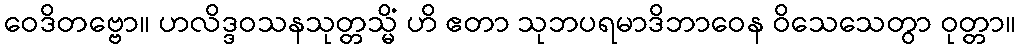
ဝေဒိတဗ္ဗော။ ဟလိဒ္ဒဝသနသုတ္တသ္မိံ ဟိ ဧတာ သုဘပရမာဒိဘာဝေန ဝိသေသေတွာ ဝုတ္တာ။